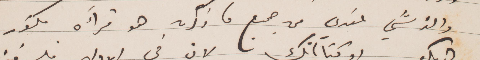
والذ شيء عندي من جميع ما ذكرت هو قراءة فكتور